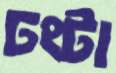
ঢংটা